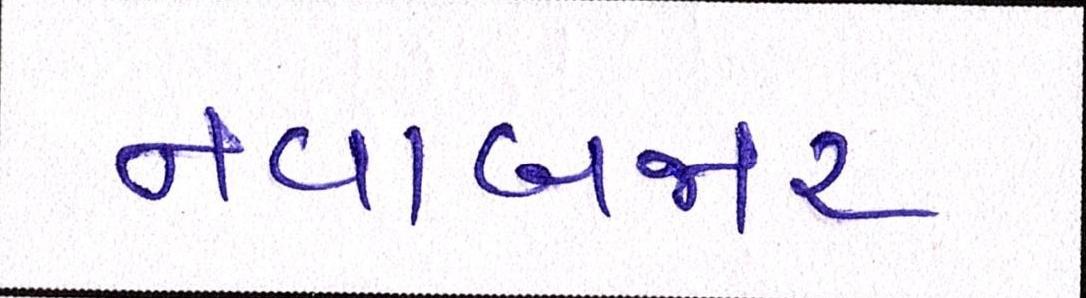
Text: નવાબજાર